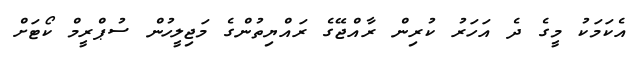
އެކަމަކު މީގެ ދެ އަހަރު ކުރިން ރާއްޖޭގެ ރައްޔިތުންގެ މަޖިލީހުން ސުޕްރީމް ކޯޓަށް